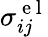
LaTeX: \sigma_{ij}^{\mathrm{~e~l~}}